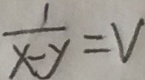
\frac { 1 } { x - y } = V